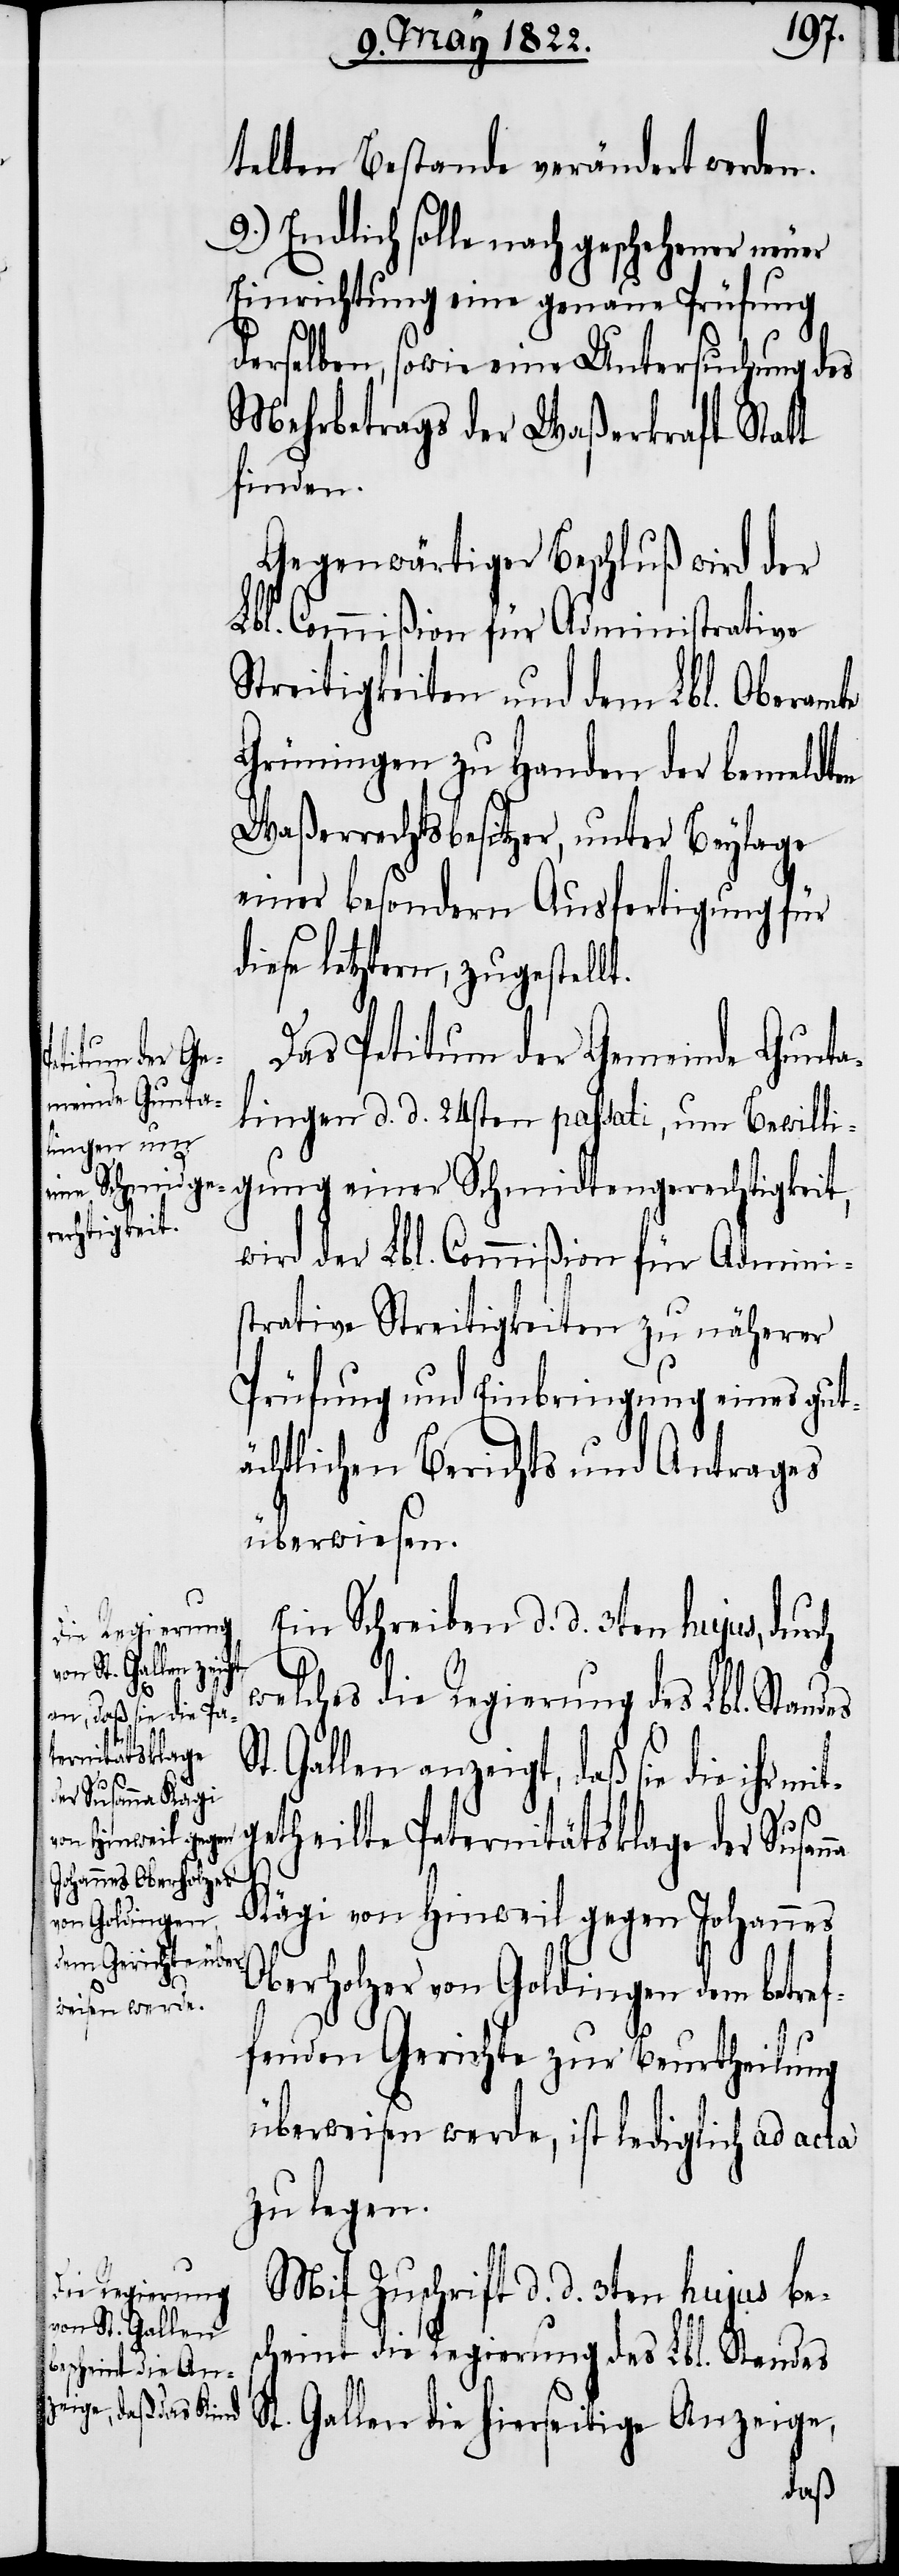
1821.
4.)
Das Petitum der Gemeinde Gunta¬
lingen d. d. 24sten passati, um Bewill¬
dlungen vom Jahr
igung einer Schmidtengerechtigkeit,
wird der Lbl. Commißion für Admini¬
strative Streitigkeiten zu näherer
Prüfung und Einbringung eines gut¬
ächtlichen Berichts und Antrages
überwiesen.
Ein Schreiben d. d. 3ten hujus, durch
Ao.
welches die Regierung des Lbl. Stand¬
Gallen anzeigt, daß sie die ihr
Es
getheilte Paternitätsklage der Susan¬
des
na
Kägi von Hinweil gegen Johannes
Die Gerichtsverhan¬
Oberholzer von Goldingen dem betref¬
fenden Gerichte zu Beurtheilung
überwiesen wird, ist lediglich ad acta
zu legen.
Mit Zuschrift d. d. 3ten hujus be¬
scheint die Regierung des Lbl. Standes
St. Gallen die hierseitige Anzeige,